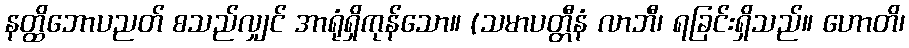
နတ္ထိဘောပညတ် စသည်လျှင် အာရုံရှိကုန်သော။ (သမာပတ္တီနံ လာဘီ၊ ရခြင်းရှိသည်။ ဟောတိ၊